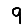
Digit: 9